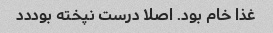
غذا خام بود. اصلا درست نپخته بوددد